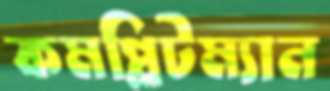
কমপ্লিটম্যান